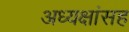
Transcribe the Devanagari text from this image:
अध्यक्षांसह